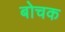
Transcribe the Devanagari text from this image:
बोचक